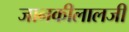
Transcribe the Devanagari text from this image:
जानकीलालजी